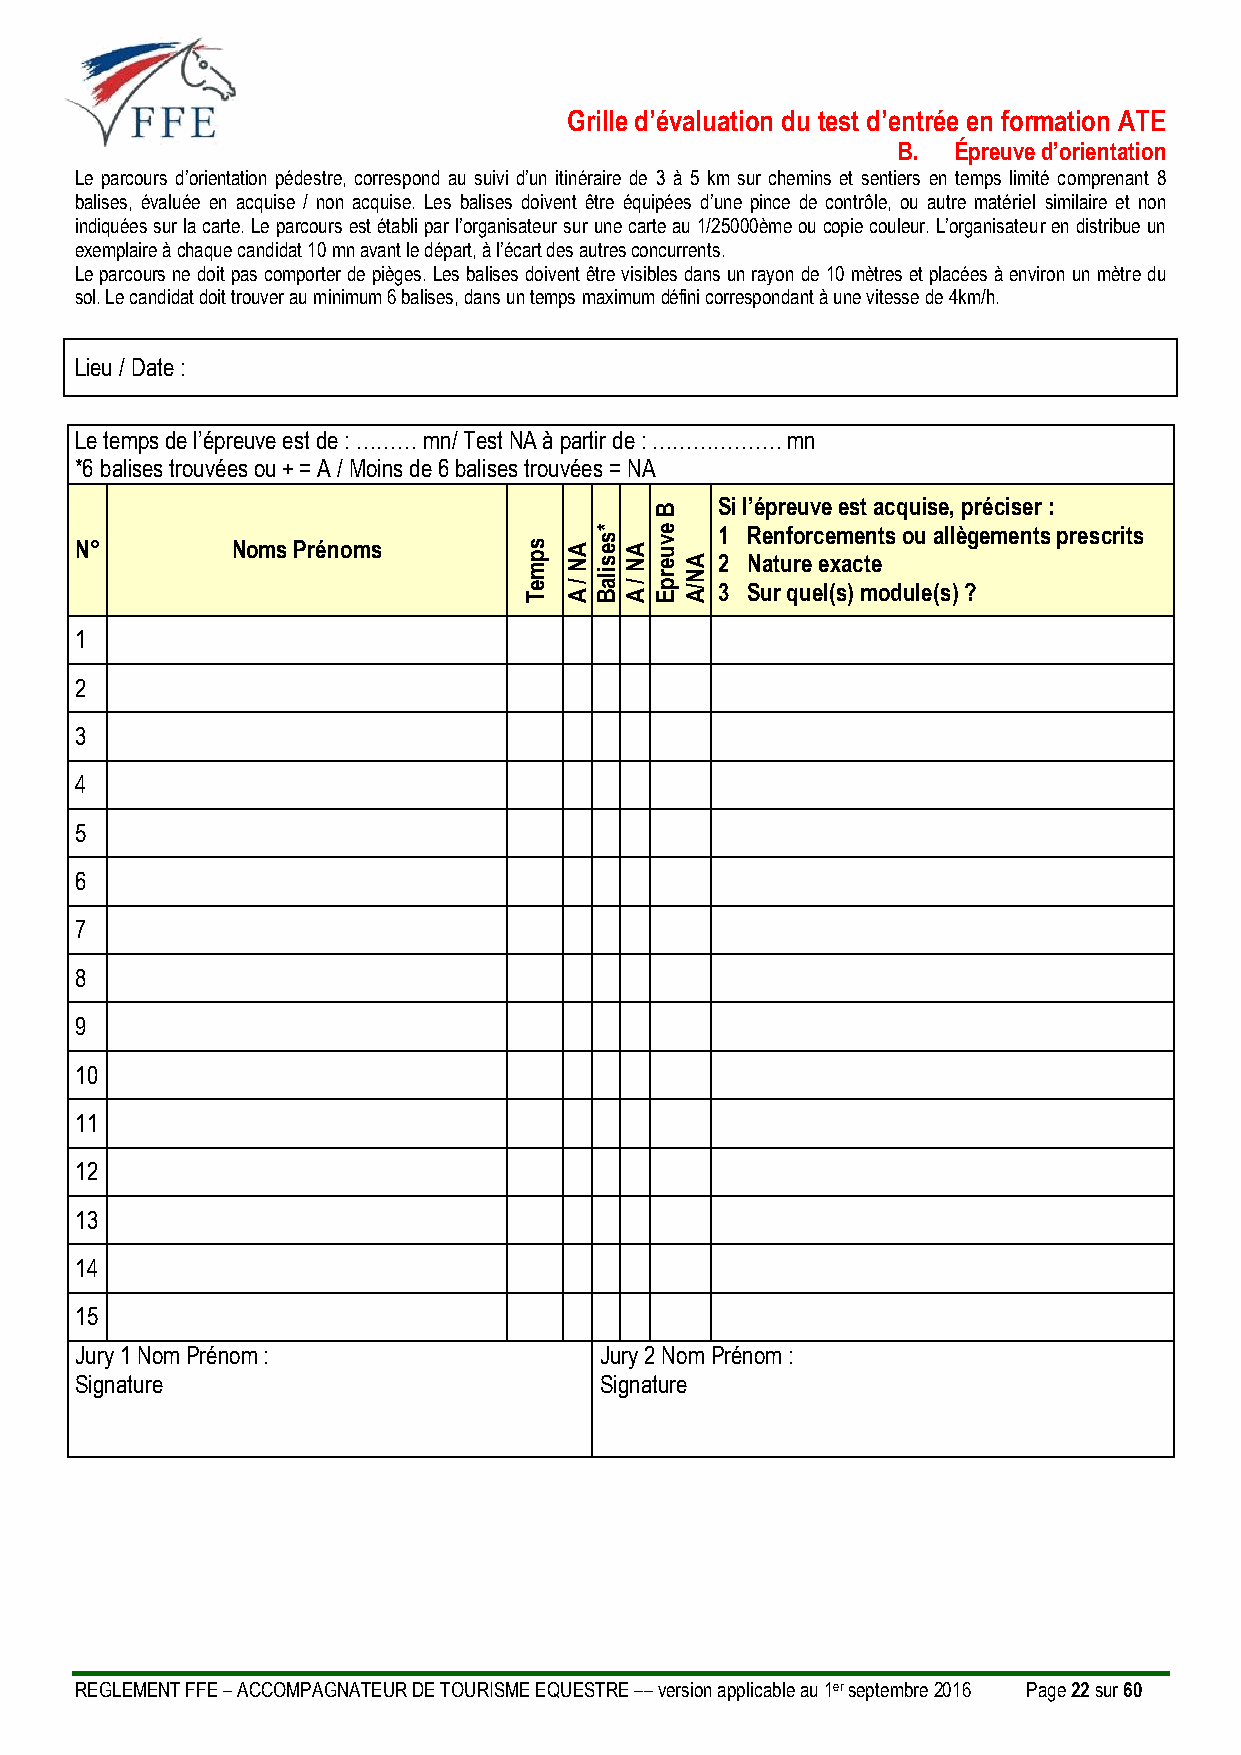
Grille d’évaluation du test d’entrée en formation ATE
 B.  Épreuve d’orientation
 Le parcours d’orientation pédestre, correspond au suivi d’un itinéraire de 3 à 5 km sur chemins et sentiers en temps limité comprenant 8
 balises, évaluée en acquise / non acquise. Les balises doivent être équipées d’une pince de contrôle, ou autre matériel similaire et non
 indiquées sur la carte. Le parcours est établi par l’organisateur sur une carte au 1/25000ème ou copie couleur. L’organisateur en distribue un
 exemplaire à chaque candidat 10 mn avant le départ, à l’écart des autres concurrents.
 Le parcours ne doit pas comporter de pièges. Les balises doivent être visibles dans un rayon de 10 mètres et placées à environ un mètre du
 sol. Le candidat doit trouver au minimum 6 balises, dans un temps maximum défini correspondant à une vitesse de 4km/h.
 Lieu / Date :
 Le temps de l’épreuve est de : ……… mn/ Test NA à partir de : ………………. mn
 *6 balises trouvées ou + = A / Moins de 6 balises trouvées = NA
 B
 Si l’épreuve est acquise, préciser :
 *   e   1 Renforcements ou allègements prescrits
 N°        Noms Prénoms        s p m
 e T
 A N
 / A
 s e s ila BA N
 / A
 v u e r
 p
 EA N
 /A
 2
 3
 N Suat ru qr ue ee l(x sa )c mte
 o dule(s) ?
 1
 2
 3
 4
 5
 6
 7
 8
 9
 10
 11
 12
 13
 14
 15
 Jury 1 Nom Prénom :                Jury 2 Nom Prénom :
 Signature                          Signature
 REGLEMENT FFE – ACCOMPAGNATEUR DE TOURISME EQUESTRE –– version applicable au 1er septembre 2016 Page 22 sur 60